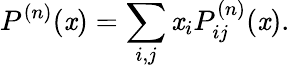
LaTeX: P^{(n)}(\mathit{x})=\sum_{i,j}\mathit{x}_{i}P_{ij}^{(n)}(\mathit{x}).